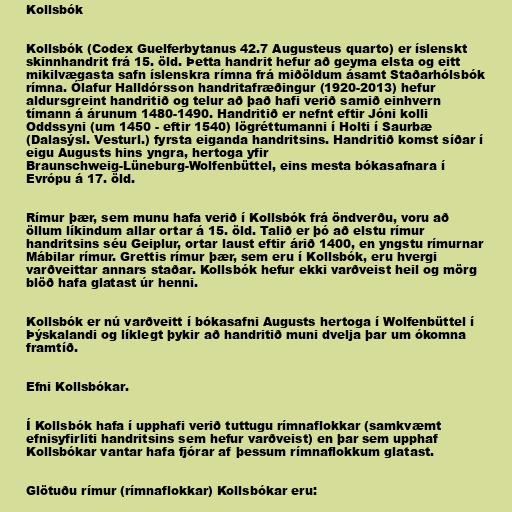
Kollsbók

Kollsbók (Codex Guelferbytanus 42.7 Augusteus quarto) er íslenskt
skinnhandrit frá 15. öld. Þetta handrit hefur að geyma elsta og eitt
mikilvægasta safn íslenskra rímna frá miðöldum ásamt Staðarhólsbók
rímna. Ólafur Halldórsson handritafræðingur (1920-2013) hefur
aldursgreint handritið og telur að það hafi verið samið einhvern
tímann á árunum 1480-1490. Handritið er nefnt eftir Jóni kolli
Oddssyni (um 1450 - eftir 1540) lögréttumanni í Holti í Saurbæ
(Dalasýsl. Vesturl.) fyrsta eiganda handritsins. Handritið komst síðar í
eigu Augusts hins yngra, hertoga yfir
Braunschweig-Lüneburg-Wolfenbüttel, eins mesta bókasafnara í
Evrópu á 17. öld.

Rímur þær, sem munu hafa verið í Kollsbók frá öndverðu, voru að
öllum líkindum allar ortar á 15. öld. Talið er þó að elstu rímur
handritsins séu Geiplur, ortar laust eftir árið 1400, en yngstu rímurnar
Mábilar rímur. Grettis rímur þær, sem eru í Kollsbók, eru hvergi
varðveittar annars staðar. Kollsbók hefur ekki varðveist heil og mörg
blöð hafa glatast úr henni.

Kollsbók er nú varðveitt í bókasafni Augusts hertoga í Wolfenbüttel í
Þýskalandi og líklegt þykir að handritið muni dvelja þar um ókomna
framtíð.

Efni Kollsbókar.

Í Kollsbók hafa í upphafi verið tuttugu rímnaflokkar (samkvæmt
efnisyfirliti handritsins sem hefur varðveist) en þar sem upphaf
Kollsbókar vantar hafa fjórar af þessum rímnaflokkum glatast.

Glötuðu rímur (rímnaflokkar) Kollsbókar eru: